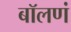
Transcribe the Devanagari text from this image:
बॉलणं